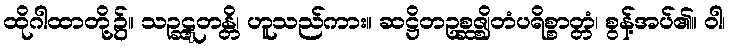
ထိုဂါထာတို့၌။ သဉ္ဆဋ္ဋတန္တိ၊ ဟူသည်ကား။ ဆဋ္ဌိတဥစ္ဆဇ္ဈိတံပရိစ္စာတ္တံ၊ စွန့်အပ်၏။ ဝါ၊